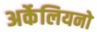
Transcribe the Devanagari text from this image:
अर्केलियनो